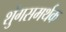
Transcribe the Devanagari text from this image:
शुंगसमर्थक